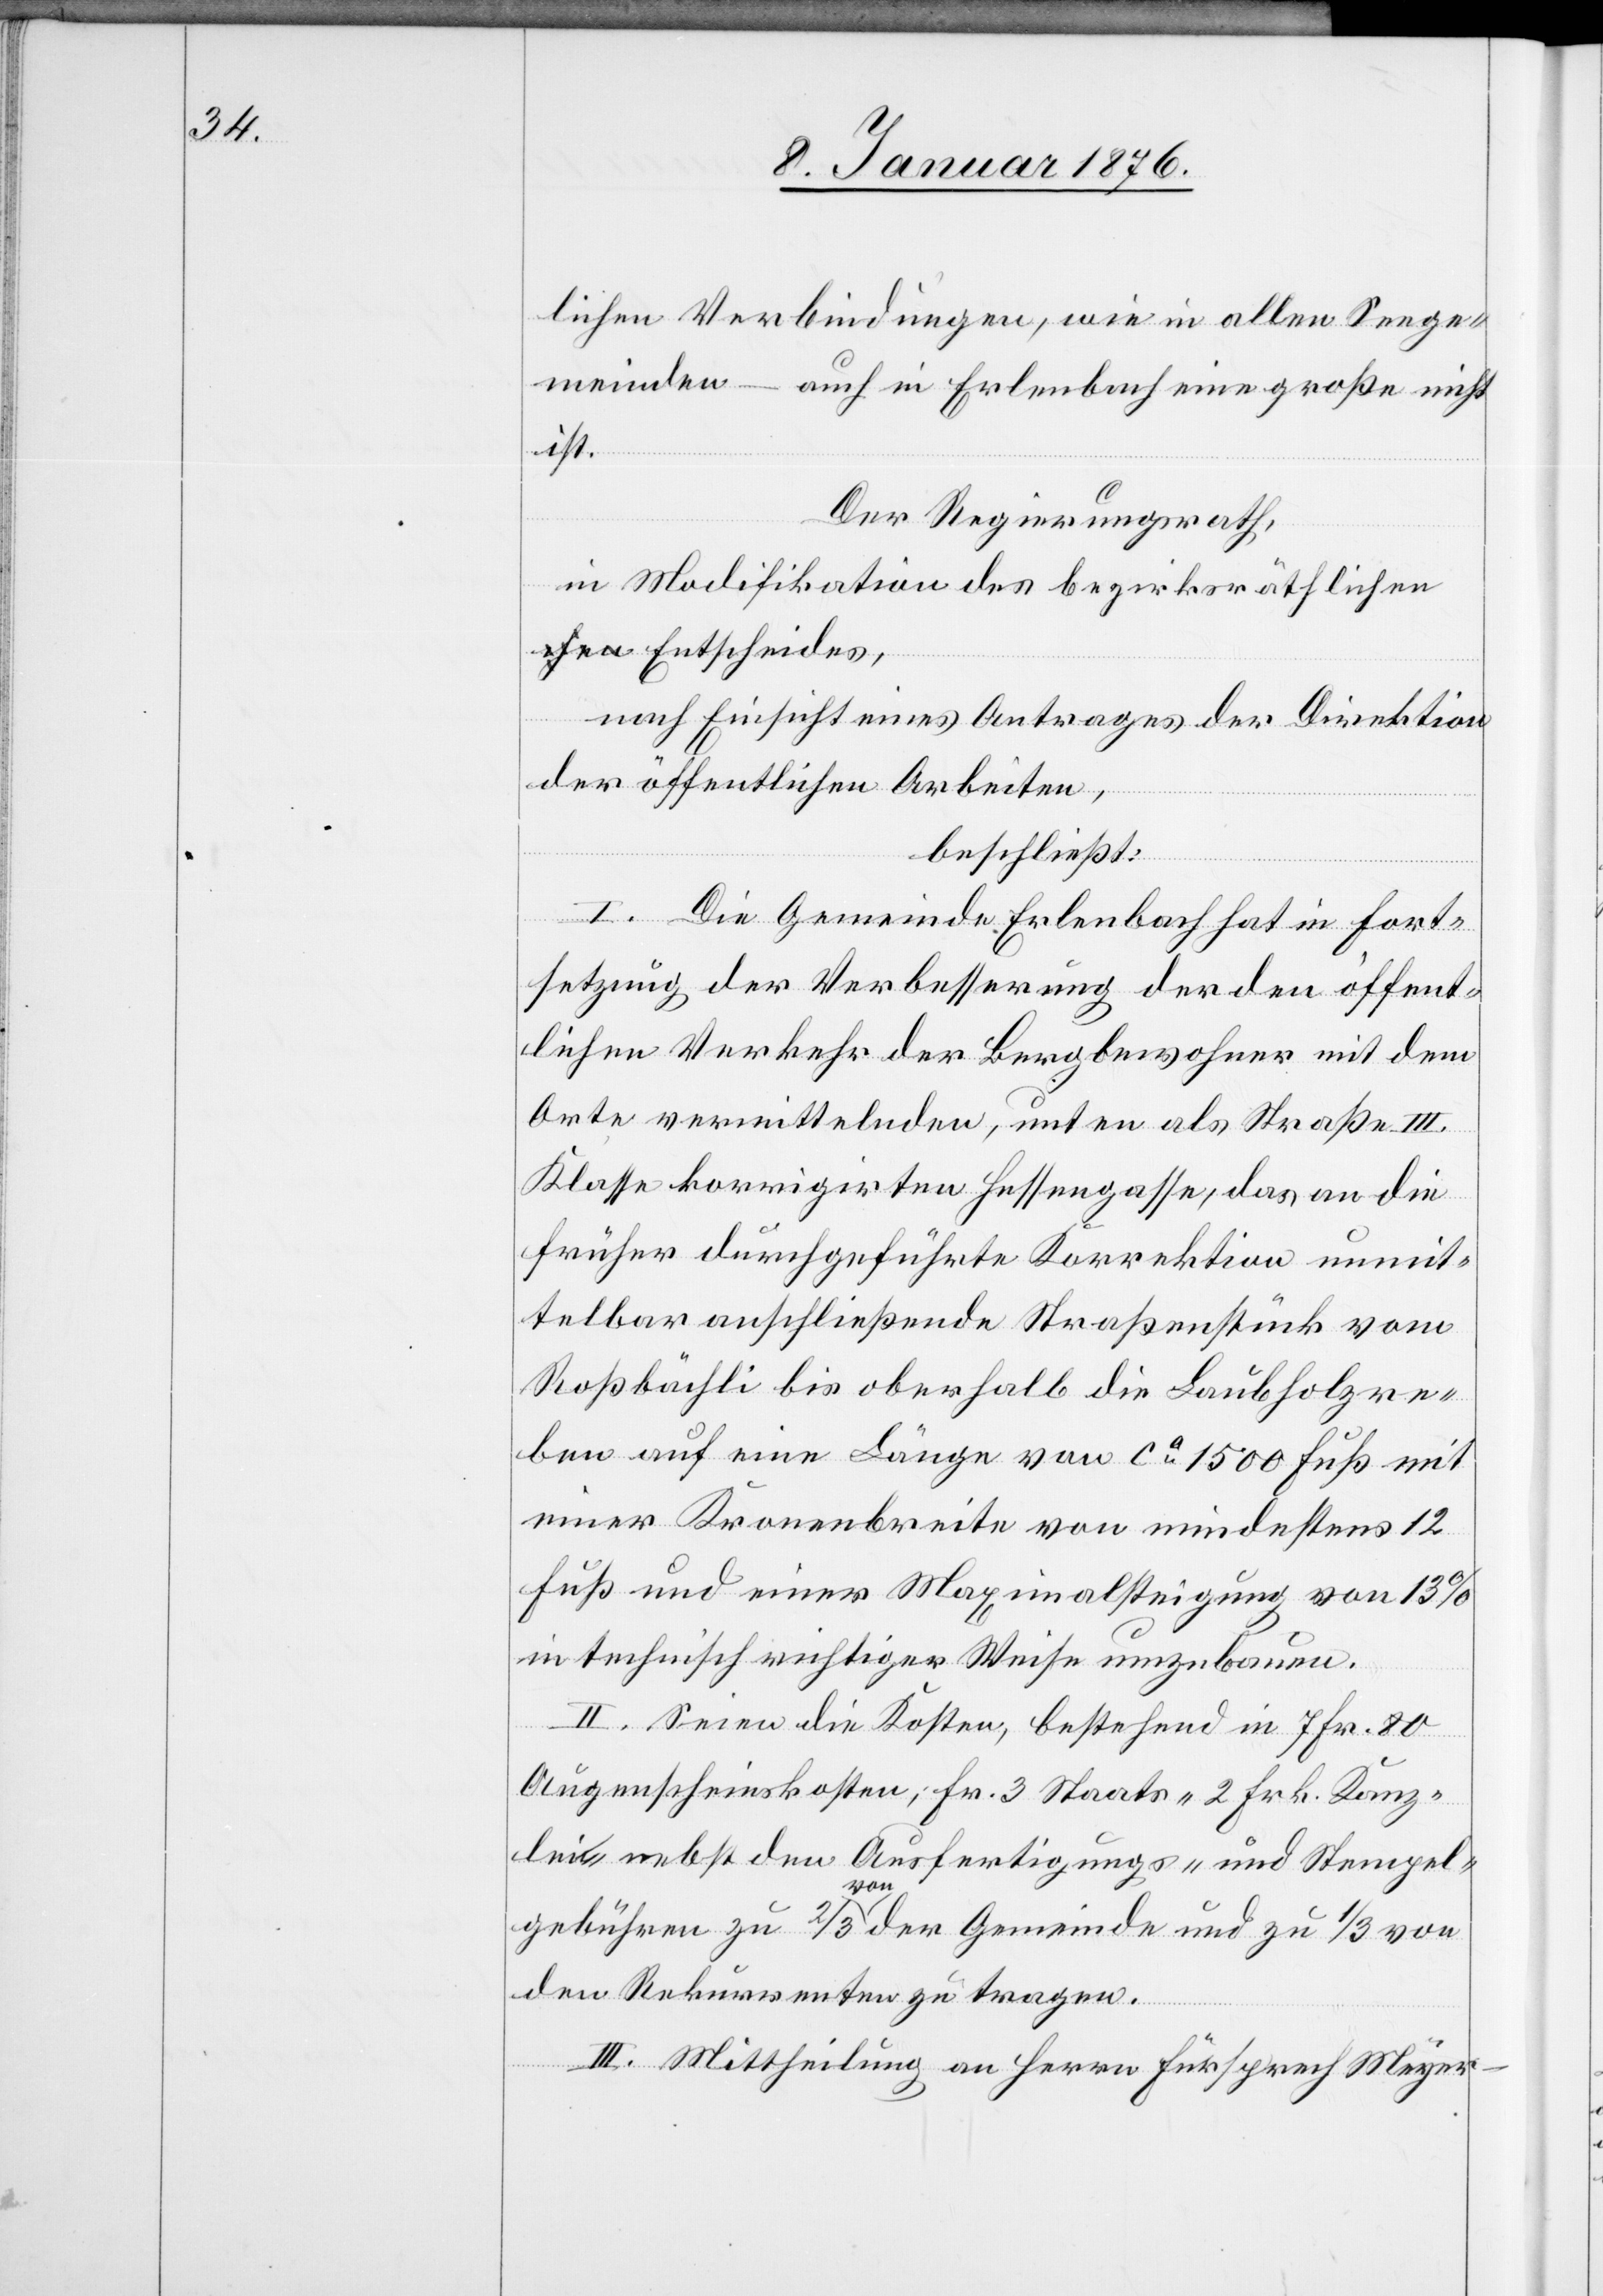
lichen Verbindungen, wie in allen Seege¬
meinden – auch in Erlenbach eine große nicht
ist.
Der Regierungsrath,
in Modifikation des bezirksräthlich¬
en Entscheides,
nach Einsicht eines Antrages der Direktion
der öffentlichen Arbeiten,
beschließt:
I. Die Gemeinde Erlenbach hat in Fort¬
setzung der Verbesserung der den öffent¬
lichen Verkehr der Bergbewohner mit dem
Orte vermittelnden, unten als Straße III.
Klasse korrigirten Hessengasse, das an die
früher durchgeführte Korrektion unmit¬
telbar anschließende Straßenstück vom
Roßbächli bis oberhalb die Laubholzre¬
ben auf eine Länge von ca. 1500 Fuß mit
einer Kronenbreite von mindestens 12
Fuß und einer Maximalsteigung von 13
in technisch richtiger Weise umzubauen.
II. Seien die Kosten, bestehend in 7 Frk. 80
Augenscheinskosten, Fr. 3 Staats- 2 Frk. Kanz¬
lei- nebst den Ausfertigungs- und Stempel¬
gebühren zu 2/3 von der Gemeinde und zu 1/3 von
den Rekurrenten zu tragen.
III. Mittheilung an Herrn Fürsprech Meyer-